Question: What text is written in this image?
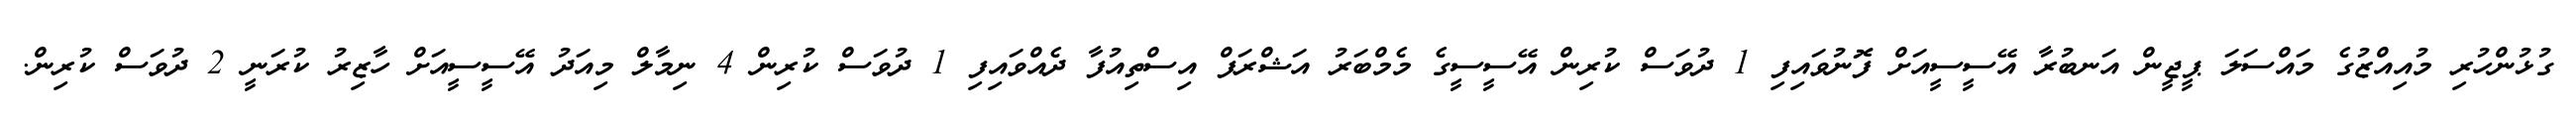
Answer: ގުޅުންހުރި މުއިއްޒުގެ މައްސަލަ ޕީޖީން އަނބުރާ އޭސީސީއަށް ފޮނުވައިފި 1 ދުވަސް ކުރިން އޭސީސީގެ މެމްބަރު އަޝްރަފް އިސްތިއުފާ ދެއްވައިފި 1 ދުވަސް ކުރިން 4 ނިމާލް މިއަދު އޭސީސީއަށް ހާޒިރު ކުރަނީ 2 ދުވަސް ކުރިން.